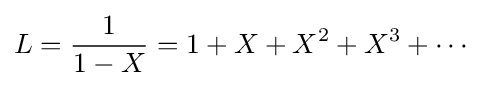
L={\frac {1}{1-X}}=1+X+X^{2}+X^{3}+\cdots